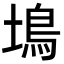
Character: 䲧